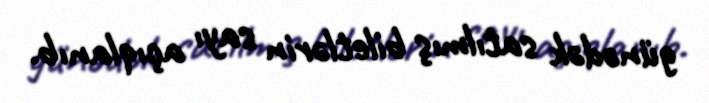
günədək satılmış biletlərin sayı açıqlanıb.